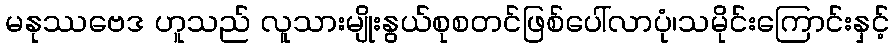
မနုဿဗေဒ ဟူသည် လူသားမျိုးနွယ်စုစတင်ဖြစ်ပေါ်လာပုံ၊သမိုင်းကြောင်းနှင့်